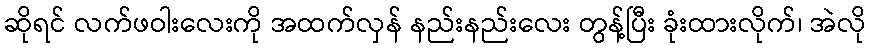
ဆိုရင် လက်ဖဝါးလေးကို အထက်လှန် နည်းနည်းလေး တွန့်ပြီး ခုံးထားလိုက်၊ အဲလို